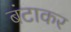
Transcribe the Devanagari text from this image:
बंटाकर